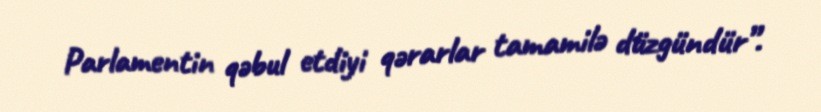
Parlamentin qəbul etdiyi qərarlar tamamilə düzgündür”.